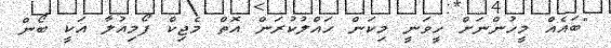
"ބައެއް މީހުންނަށް ހީވަނީ މިކަން ހައްލުކުރަން އޮތް މެޖިކް ފޯމިއުލާ އަކީ ބޯން